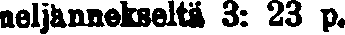
neljännekseltä 3: 23 p.